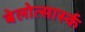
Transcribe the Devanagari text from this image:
बेलोत्सार्स्क